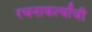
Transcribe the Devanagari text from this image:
रचनाकर्त्यांची